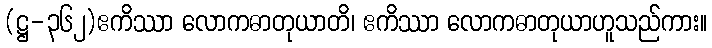
(ဋ္ဌ-၃၆၂)ဧကိဿာ လောကဓာတုယာတိ၊ ဧကိဿာ လောကဓာတုယာဟူသည်ကား။